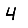
Digit: 4